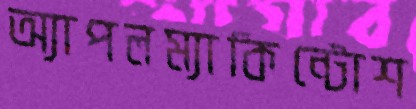
অ্যাপলম্যাকিন্টোশ